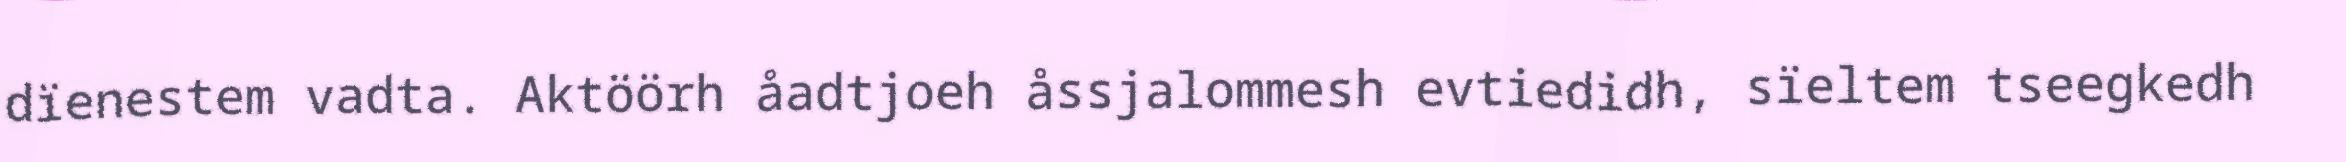
dïenestem vadta. Aktöörh åadtjoeh åssjalommesh evtiedidh, sïeltem tseegkedh